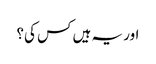
اور یہ ہیں کس کی؟